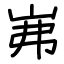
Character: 岪